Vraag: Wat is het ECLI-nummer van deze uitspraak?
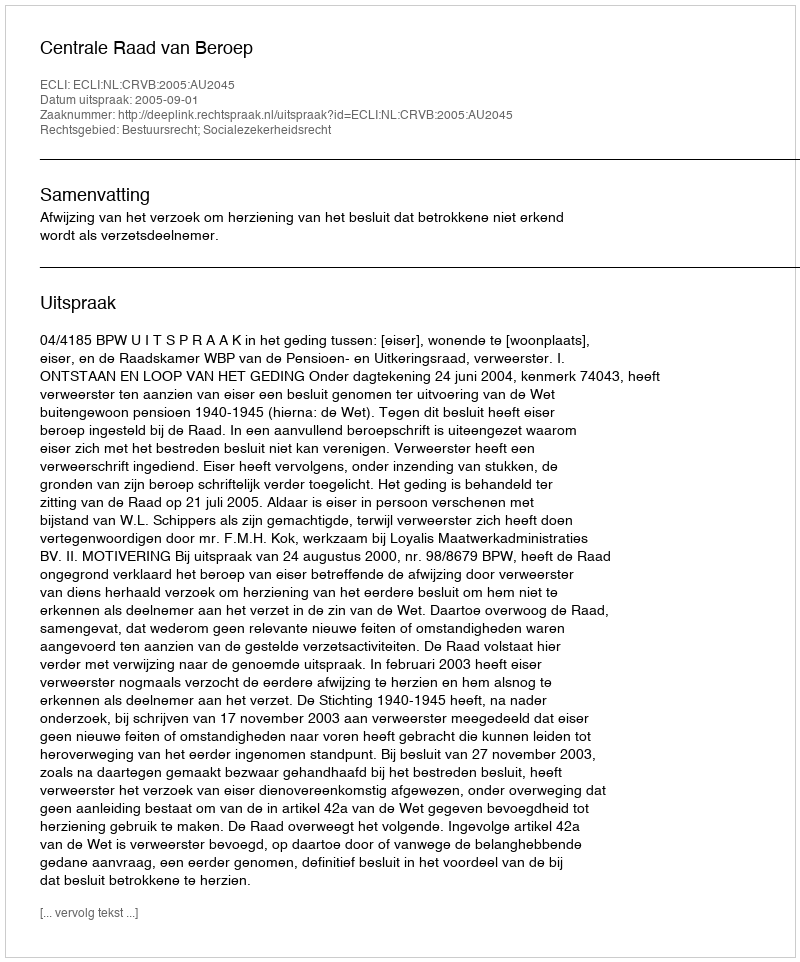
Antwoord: ECLI:NL:CRVB:2005:AU2045